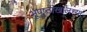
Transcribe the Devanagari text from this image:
भूपृष्ठाखालच्या